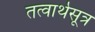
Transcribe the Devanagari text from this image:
तत्वार्थसूत्र